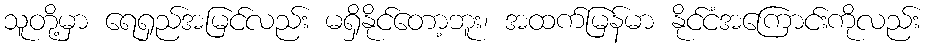
သူတို့မှာ ရေရှည်အမြင်လည်း မရှိနိုင်တော့ဘူး၊ အထက်မြန်မာ နိုင်ငံအကြောင်းကိုလည်း